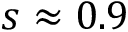
s \approx 0 . 9